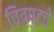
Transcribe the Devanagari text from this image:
चित्रपटचे